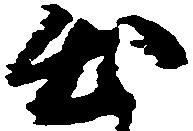
出